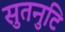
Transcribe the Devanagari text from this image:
सुतनुटि